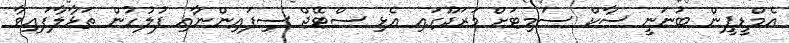
އެމްޑީޕީން ބުނަނީ ސާކް ސަމިޓަށް މަރަދޫގައި އެޅި ސްޓޭޖް ސިފައިންނާއި ފުލުހުން ތަޅާލާފައިވާ